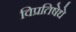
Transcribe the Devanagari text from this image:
विप्रतिषेधे